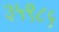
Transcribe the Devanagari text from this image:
३५९८५